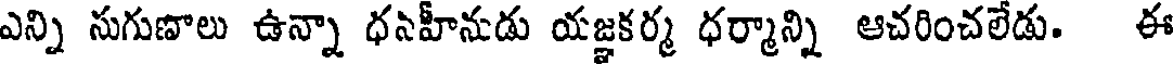
ఎన్ని సుగుణాలు ఉన్నా ధనహీనుడు యజ్ఞకర్మ ధర్మాన్ని ఆచరించలేడు. ఈ